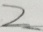
2